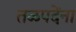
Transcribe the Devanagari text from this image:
तळपदेंना